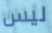
ليس